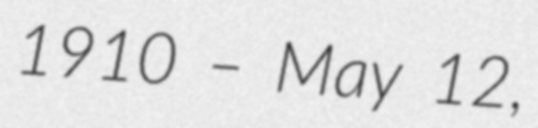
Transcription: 1910 – May 12,